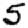
Digit: 5